Annual report on the mental hospital in the Central Provinces and Berar (Nagpur) - 1927-1951
Year: 1927
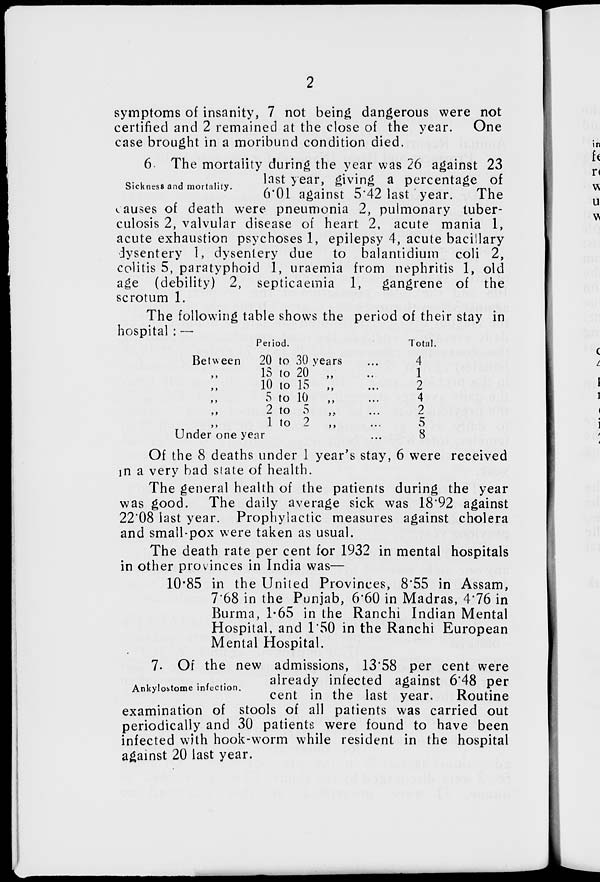
2
symptoms of insanity, 7 not being dangerous were not
certified and 2 remained at the close of the year. One
case brought in a moribund condition died.
Sickness and mortality.
6. The mortality during the year was 26 against 23
last year, giving a percentage of
6.01 against 5.42 last year.
The
causes of death were pneumonia 2, pulmonary tuber-
culosis 2, valvular disease of heart 2, acute mania 1,
acute exhaustion psychoses 1, epilepsy 4, acute bacillary
dysentery 1, dysentery due to balantidium coli 2,
colitis 5, paratyphoid 1, uraemia from nephritis 1, old
age (debility) 2, septicaemia 1, gangrene of the
scrotum 1.
The following table shows the period of their stay in
hospital : —
Period.
Between 20 to 30 years ...
„
18
to 20 „ ...
„
10 to 15 „ ...
„ 5 to 10 „ ...
„
2
to
5
„
...
„ 1 to 2 „ ...
Under one year ...
Total.
4
1
2
4
2
5
8
Of the 8 deaths under 1 year's stay, 6 were received
in a very bad state of health.
The general health of the patients during the year
was good. The daily average sick was 18.92 against
22.08 last year. Prophylactic measures against cholera
and small-pox were taken as usual.
The death rate per cent for 1932 in mental hospitals
in other provinces in India was—
10.85 in the United Provinces, 8.55 in Assam,
7.68 in the Punjab, 6.60 in Madras, 4.76 in
Burma, 1.65 in the Ranchi Indian Mental
Hospital, and 1.50 in the Ranchi European
Mental Hospital.
Ankylostome infection.
7. Of the new admissions, 13.58 per cent were
already infected against 6.48 per
cent in the last year.
Routine
examination of stools of all patients was carried out
periodically and 30 patients were found to have been
infected with hook-worm while resident in the hospital
against 20 last year.